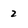
Character: 2